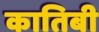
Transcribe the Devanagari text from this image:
कातिबी